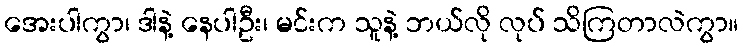
အေးပါကွာ၊ ဒါနဲ့ နေပါဦး၊ မင်းက သူနဲ့ ဘယ်လို လုပ် သိကြတာလဲကွာ။